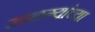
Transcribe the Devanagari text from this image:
खळग्यांच्या